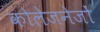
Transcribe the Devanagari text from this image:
कोलेजनेजों